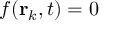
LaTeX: f ( \mathbf { r } _ { k } , t ) = 0